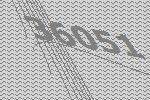
36051